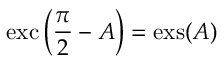
\operatorname { e x c } \left( { \frac { \pi } { 2 } } - A \right) = \operatorname { e x s } ( A )